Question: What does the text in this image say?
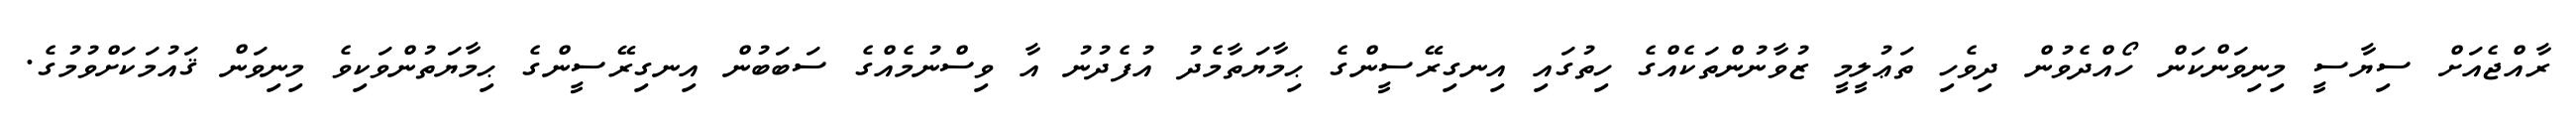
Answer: ރާއްޖެއަށް ސިޔާސީ މިނިވަންކަން ހޯއްދެވުން ދިވެހި ތަޢުލީމީ ޒުވާނުންތަކެއްގެ ހިތުގައި އިނގިރޭސީންގެ ޙިމާޔަތާމެދު އުފެދުނު އާ ވިސްނުމެއްގެ ސަބަބުން އިނގިރޭސީންގެ ޙިމާޔަތުންވަކިވެ މިނިވަން ޤައުމަކަށްވުމުގެ.